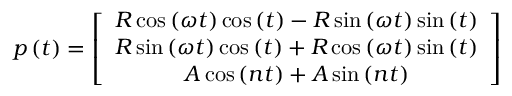
p \left( t \right) = \left[ \begin{array} { c } { R \cos \left( \omega t \right) \cos \left( t \right) - R \sin \left( \omega t \right) \sin \left( t \right) } \\ { R \sin \left( \omega t \right) \cos \left( t \right) + R \cos \left( \omega t \right) \sin \left( t \right) } \\ { A \cos \left( n t \right) + A \sin \left( n t \right) } \end{array} \right]